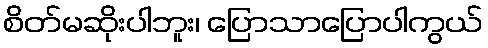
စိတ်မဆိုးပါဘူး၊ ပြောသာပြောပါကွယ်